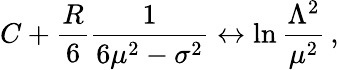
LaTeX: C+\frac{R}{6}\frac{1}{6\mu^{2}-\sigma^{2}}\leftrightarrow\ln\frac{\Lambda^{2}}{\mu^{2}}\, ,